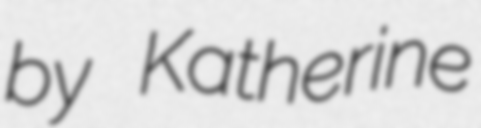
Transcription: by Katherine